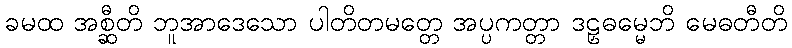
ခမထ အစ္ဆီတိ ဘူအာဒေသော ပါတိတမတ္တေ အပ္ပကတ္တာ ဒဠှဓမ္မေဘိ မေဓတီတိ